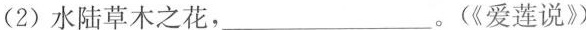
(2)水陆草木之花，_。(《爱莲说》)